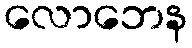
လောဘေန